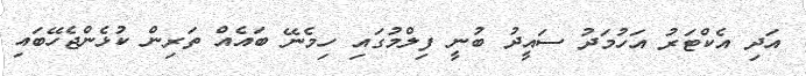
އަދި އެކްޓަރު އަހުމަދު ސައީދު ބުނީ ފިލްމުގައި ހިމެނޭ ބައެއް ތަރިން ކުޅެންޖެހޭބައި